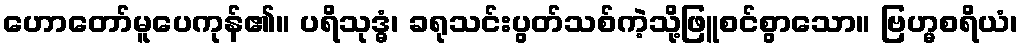
ဟောတော်မူပေကုန်၏။ ပရိသုဒ္ဓံ၊ ခရုသင်းပွတ်သစ်ကဲ့သို့ဖြူစင်စွာသော။ ဗြဟ္မစရိယံ၊